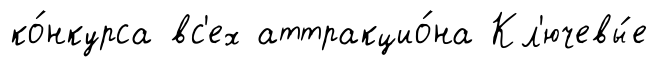
ко́нкурса вс'ех аттракцио́на Кл'ючевы́е